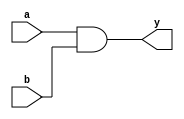
module combinational_logic (
    input wire a,      // First input
    input wire b,      // Second input
    output reg y       // Output
);

// Always block with sensitivity list for inputs a and b
always @ (a or b) begin
    // Combinational logic expression
    y = a & b; // Example: AND operation
end

endmodule